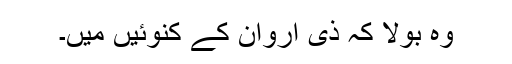
وہ بولا کہ ذی اروان کے کنوئیں میں۔